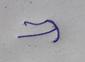
Signature authenticity: forged